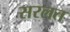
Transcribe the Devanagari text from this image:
सरलत